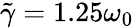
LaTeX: \tilde{\gamma}=1.25\omega_{0}